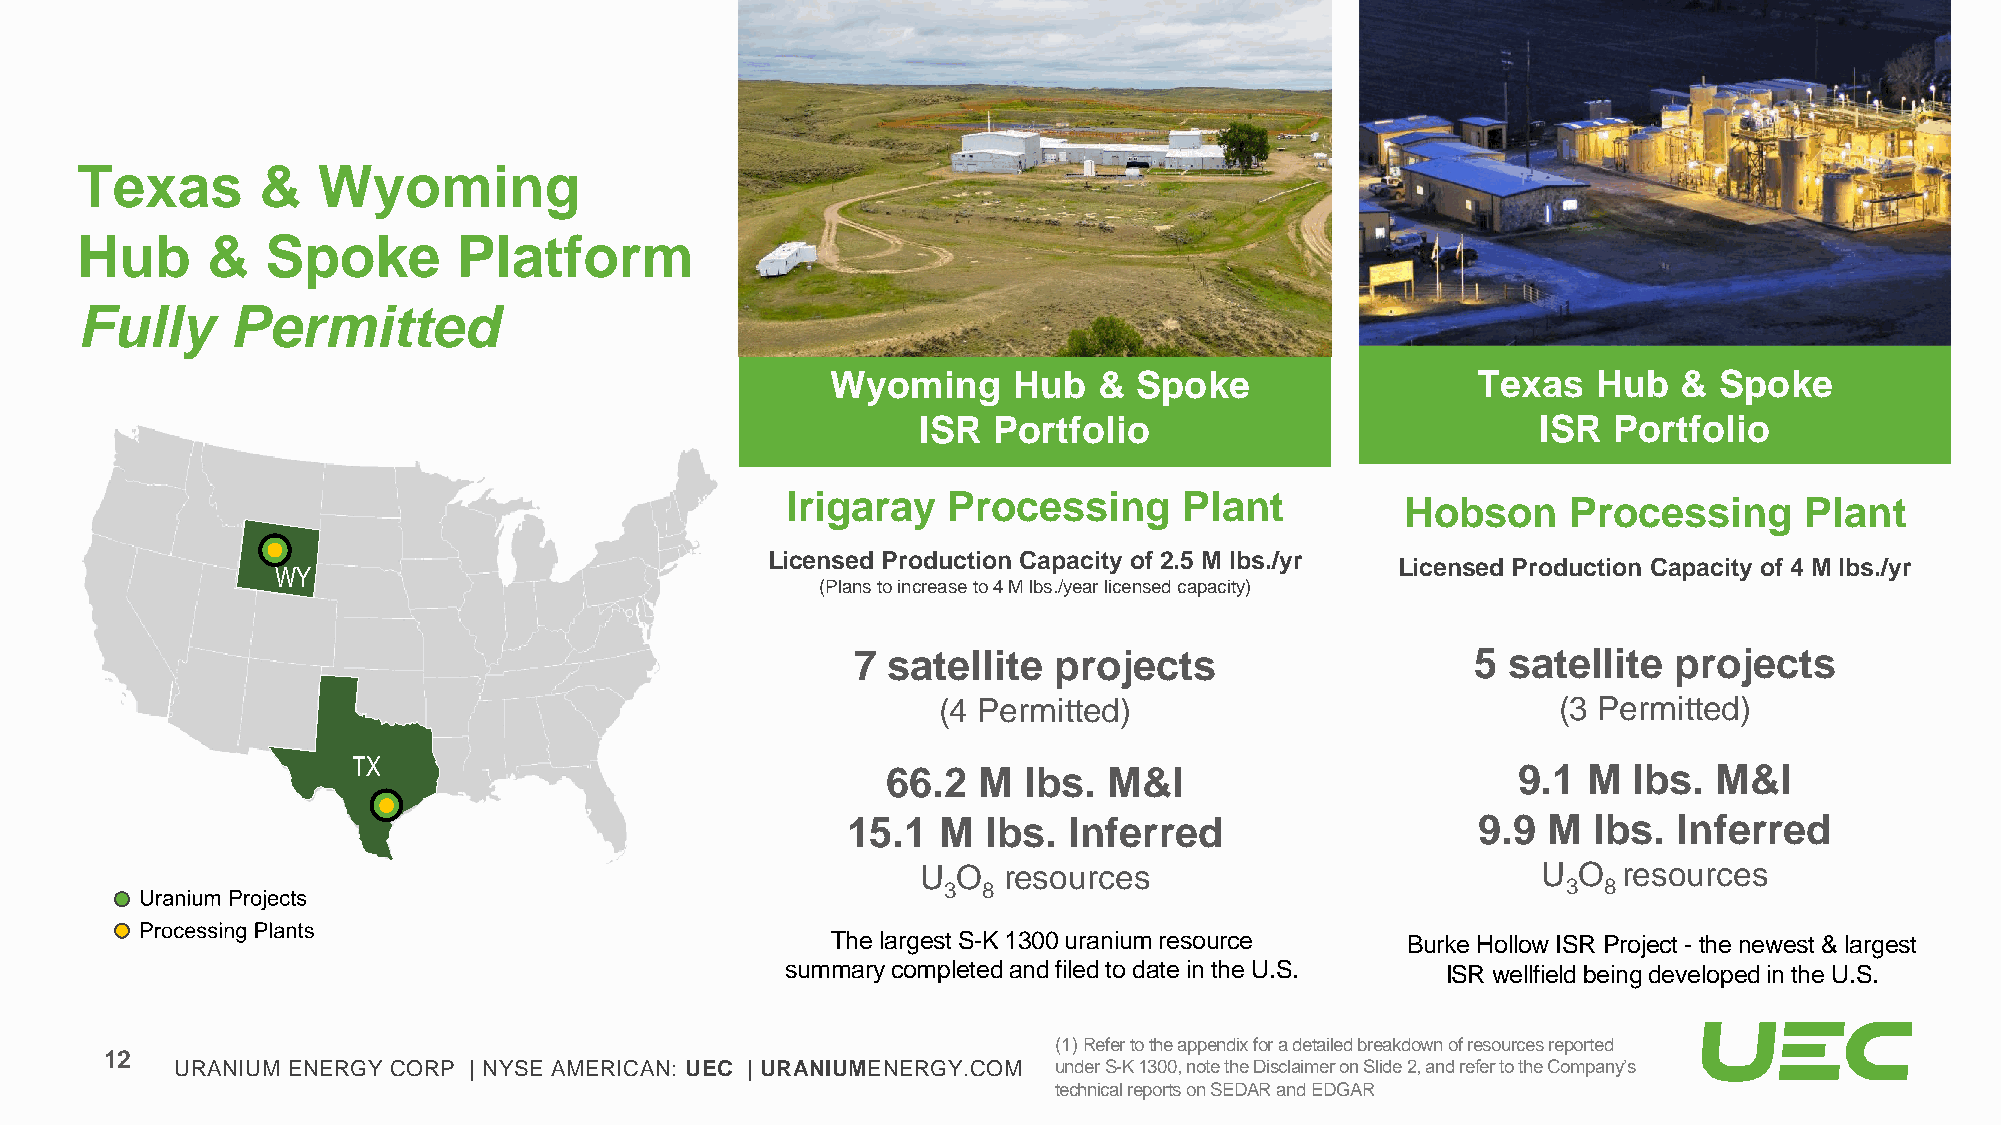
Texas       &   Wyoming
 Hub      &   Spoke       Platform
 Fully     Permitted
 Wyoming     Hub   & Spoke                  Texas   Hub  &  Spoke
 ISR  Portfolio                           ISR  Portfolio
 Irigaray   Processing     Plant
 Hobson     Processing     Plant
 Licensed Production Capacity of 2.5 M lbs./yr
 Licensed Production Capacity of 4 M lbs./yr
 WY
 (Plans to increase to 4 M lbs./year licensed capacity)
 7  satellite  projects                    5 satellite  projects
 (4 Permitted)                            (3 Permitted)
 TX
 66.2  M  lbs. M&I                        9.1  M  lbs.  M&I
 15.1  M  lbs.  Inferred                   9.9 M  lbs.  Inferred
 U O  resources                           U O  resources
 3  8                                      3 8
 Uranium Projects
 Processing Plants
 The largest S-K 1300 uranium resource Burke Hollow ISR Project -the newest & largest
 summary completed and filed to date in the U.S. ISR wellfield being developed in the U.S.
 (1) Refer to the appendix for a detailed breakdown of resources reported
 12
 URANIUM ENERGY CORP | NYSE AMERICAN: UEC | URANIUMENERGY.COM under S-K 1300, note the Disclaimer on Slide 2, and refer to the Company’s
 technical reports on SEDAR and EDGAR